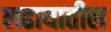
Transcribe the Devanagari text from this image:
लढायातील